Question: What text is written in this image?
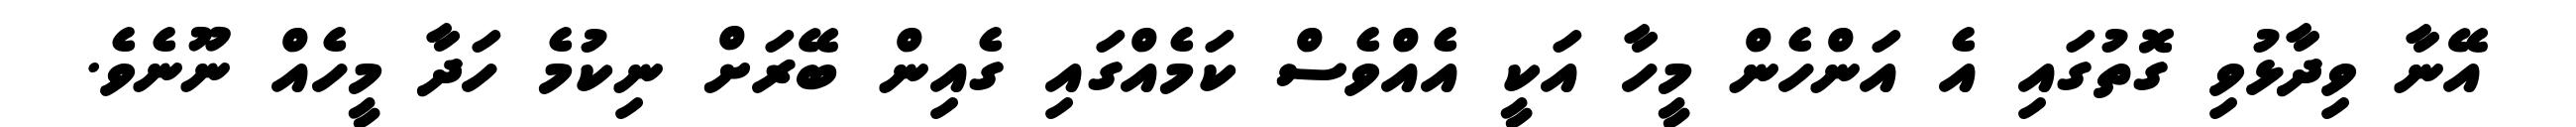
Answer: އޭނާ ވިދާޅުވި ގޮތުގައި އެ އަންހެން މީހާ އަކީ އެއްވެސް ކަމެއްގައި ގެއިން ބޭރަށް ނިކުމެ ހަދާ މީހެއް ނޫނެވެ.